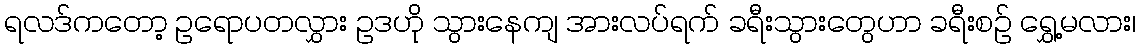
ရလဒ်ကတော့ ဥရောပတလွှား ဥဒဟို သွားနေကျ အားလပ်ရက် ခရီးသွားတွေဟာ ခရီးစဉ် ရွှေ့မလား၊